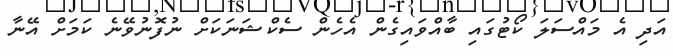
އަދި އެ މައްސަލަ ކޯޓުގައި ބާއްވައިގެން އެހެން ސެކްޝަނަކަށް ނުފޮނުވޭނެ ކަމަށް އޭނާ